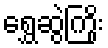
ရွှေဆွဲကြိုး